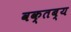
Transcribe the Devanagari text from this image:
वक्‍तब्‍य